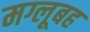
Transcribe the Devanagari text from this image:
मग्लूबह